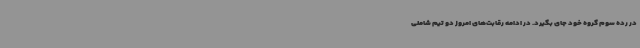
در رده سوم گروه خود جای بگیرد. در ادامه رقابت‌های امروز دو تیم شاملی